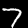
Digit: 7